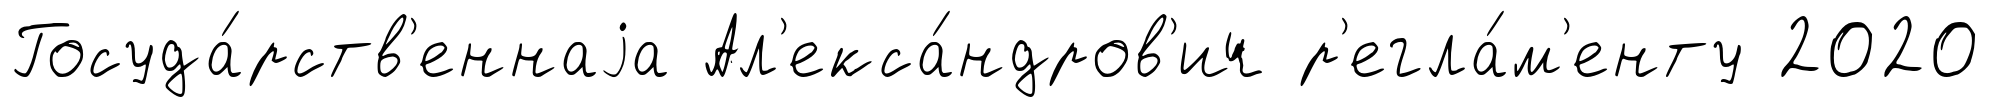
Госуда́рств'еннаjа Ал'екса́ндров'ич р'егла́м'енту 2020